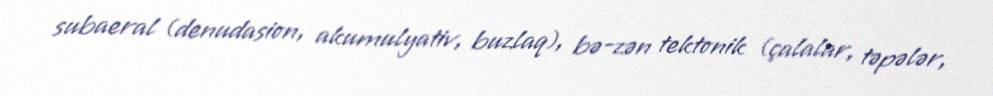
subaeral (denudasion, akumulyativ, buzlaq), bə-zən tektonik (çalalar, təpələr,